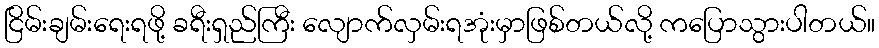
ငြိမ်းချမ်းရေးရဖို့ ခရီးရှည်ကြီး လျောက်လှမ်းရအုံးမှာဖြစ်တယ်လို့ ကပြောသွားပါတယ်။